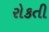
રોકતી